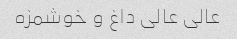
عالی عالی داغ و خوشمزه